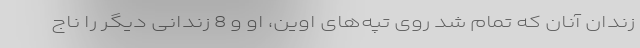
زندان آنان که تمام شد روی تپه‌های اوین، او و 8 زندانی دیگر را ناج